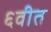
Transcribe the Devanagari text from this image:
६वीत